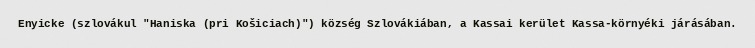
Enyicke (szlovákul "Haniska (pri Košiciach)") község Szlovákiában, a Kassai kerület Kassa-környéki járásában.